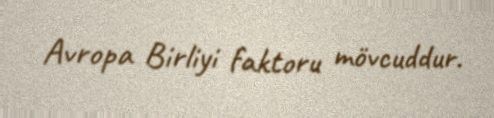
Avropa Birliyi faktoru mövcuddur.